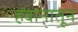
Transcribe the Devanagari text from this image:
हवानातून